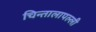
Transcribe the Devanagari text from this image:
चिन्तालापल्ली